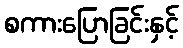
စကားပြောခြင်းနှင့်